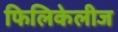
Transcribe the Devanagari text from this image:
फिलिकेलीज